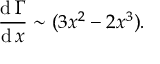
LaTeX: { \frac { \operatorname { d } \Gamma } { \operatorname { d } x } } \sim ( 3 x ^ { 2 } - 2 x ^ { 3 } ) .